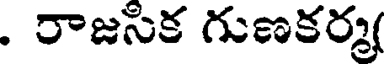
. రాజసిక గుణకర్మ(